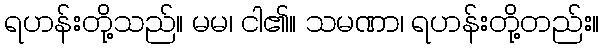
ရဟန်းတို့သည်။ မမ၊ ငါ၏။ သမဏာ၊ ရဟန်းတို့တည်း။